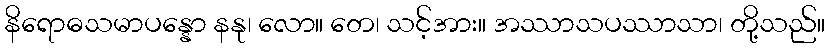
နိရောဓသမာပန္နော နနု၊ လော။ တေ၊ သင့်အား။ အဿာသပဿာသာ၊ တို့သည်။